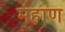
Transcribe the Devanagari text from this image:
महाण